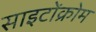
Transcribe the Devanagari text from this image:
साइटोंक्रोम